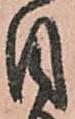
目